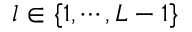
l \in \{ 1 , \cdots , L - 1 \}